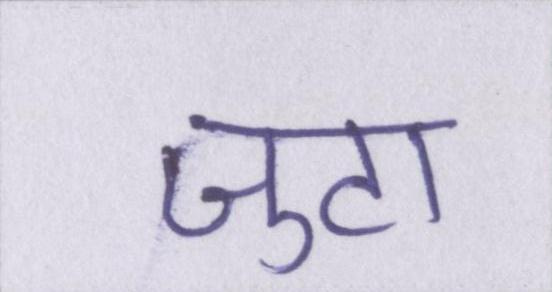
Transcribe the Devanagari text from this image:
जुटा